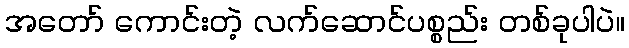
အတော် ကောင်းတဲ့ လက်ဆောင်ပစ္စည်း တစ်ခုပါပဲ။